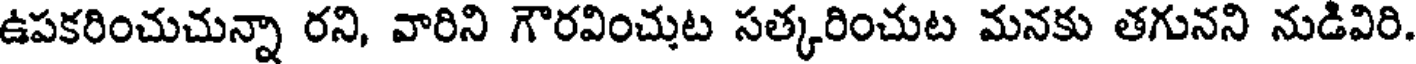
ఉపకరించుచున్నా రని, వారిని గౌరవించుట సత్కరించుట మనకు తగునని నుడివిరి.